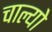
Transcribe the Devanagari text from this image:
चाल्यो